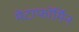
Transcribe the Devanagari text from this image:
मेटाफॉर्मिन